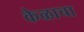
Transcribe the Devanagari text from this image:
केळाचा